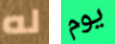
له يوم